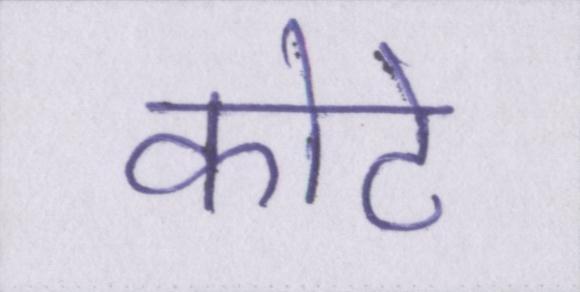
कोटे